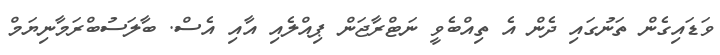
ވަޑައިގެން ތަނުގައި ދެން އެ ތިއްބެވީ ނަޓްރާޖަން ޕިއްލެއި އާއި އެސް. ބާލަސުބްރަމާނިޔަމް